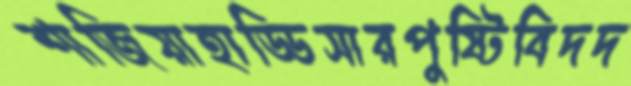
শাজিয়াহাড্ডিসারপুষ্টিবিদদ